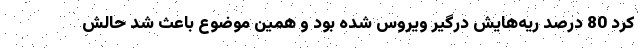
کرد 80 درصد ریه‌هایش درگیر ویروس شده بود و همین موضوع باعث شد حالش